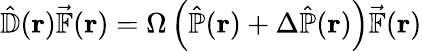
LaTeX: \hat{\mathbb{D}}(\mathbf{r})\vec{\mathbb{F}}(\mathbf{r})=\Omega\left(\hat{\mathbb{P}}(\mathbf{r})+\Delta\hat{\mathbb{P}}(\mathbf{r})\right)\vec{\mathbb{F}}(\mathbf{r})